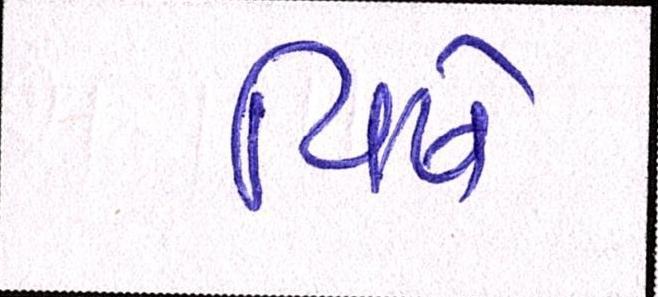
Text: વિષે